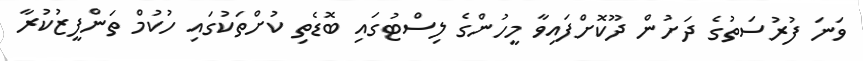
ވަނަ ފުރުސަތުގެ ދަށުން ދޫކޮށްފައިވާ މީހުންގެ ލިސްޓުގައި ބޮޑެތި ކުށްތަކުގައި ހުކުމް ތަންފީޒުކުރާ